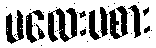
မလေးမစား